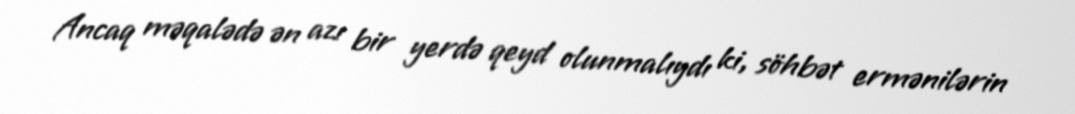
Ancaq məqalədə ən azı bir yerdə qeyd olunmalıydı ki, söhbət ermənilərin